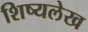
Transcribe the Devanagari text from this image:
शिष्यलेख